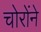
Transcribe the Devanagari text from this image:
चोरोंने